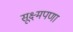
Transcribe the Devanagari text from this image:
सूक्ष्मपणा